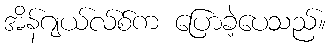
အိန်ဂျယ်လ်စ်က ပြောခဲ့ပေသည်။